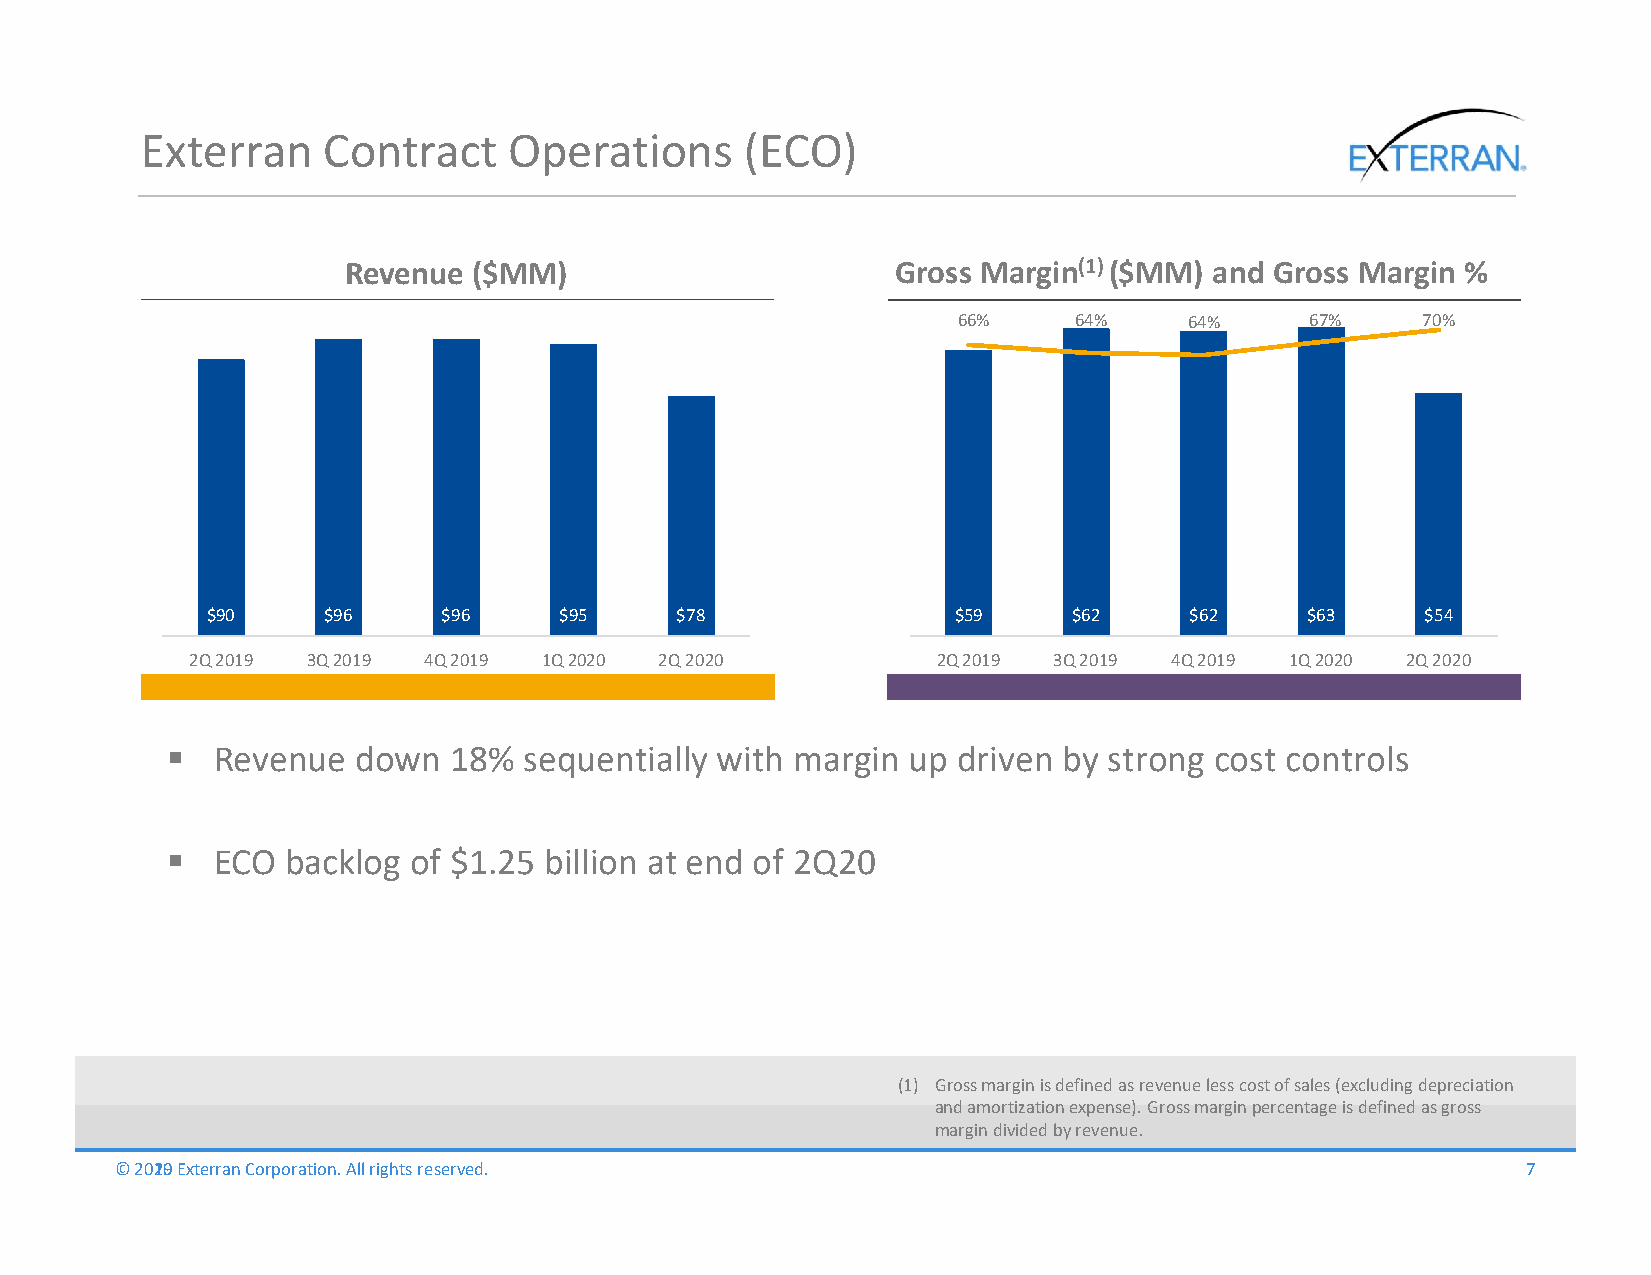
Exterran    Contract     Operations     (ECO)
 Revenue ($MM)                       Gross Margin(1) ($MM) and Gross Margin %
 66%     64%     64%     67%    70%
 $90    $96     $96     $95     $78               $59     $62     $62    $63     $54
 2Q 2019 3Q 2019 4Q 2019 1Q 2020 2Q 2020          2Q 2019 3Q 2019 4Q 2019 1Q 2020 2Q 2020
   Revenue   down  18%  sequentially with margin up driven by strong cost controls
   ECO  backlog of $1.25 billion at end of 2Q20
 (1) Gross margin is defined as revenue less cost of sales (excluding depreciation
 and amortization expense). Gross margin percentage is defined as gross
 margin divided by revenue.
 ©© 22001290 EExxtteerrrraann CCoorrppoorraattiioonn.. AAllll rriigghhttss rreesseerrvveedd.. 7